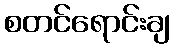
စတင်ရောင်းချ